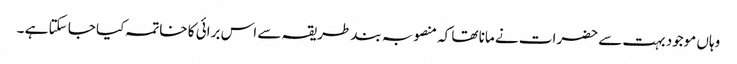
وہاں موجود بہت سے حضرات نے مانا تھا کہ منصوبہ بند طریقہ سے اس برائی کا خاتمہ کیا جا سکتا ہے ۔